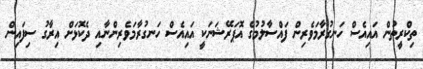
ތިކްރީތުން އައިއެސް ހަނގުރާމަވެރިން ފައްސާލުމުގެ އޮޕަރޭޝަނަކީ އައިއެސް ހަނގުރާމަވެރިންނާއި ދެކޮޅަށް އިރާގު ސިފައިން